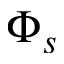
\Phi _ { s }